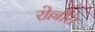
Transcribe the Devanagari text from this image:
रोल्लौत